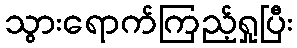
သွားရောက်ကြည့်ရှုပြီး